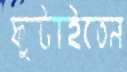
ফুটাইতেন